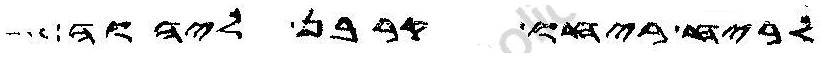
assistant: לריח ריחו קרבן ליהוה